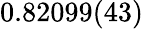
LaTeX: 0.82099(43)